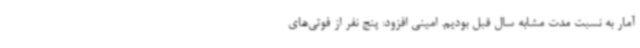
آمار به نسبت مدت مشابه سال قبل بودیم. امینی افزود: پنج نفر از فوتی‌های